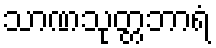
သာဏသုတ္တဘာရံ